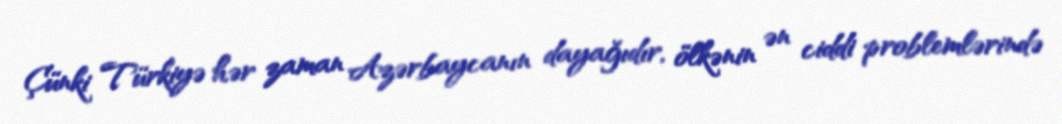
Çünki Türkiyə hər zaman Azərbaycanın dayağıdır, ölkənin ən ciddi problemlərində